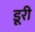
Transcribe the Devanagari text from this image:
डूरी